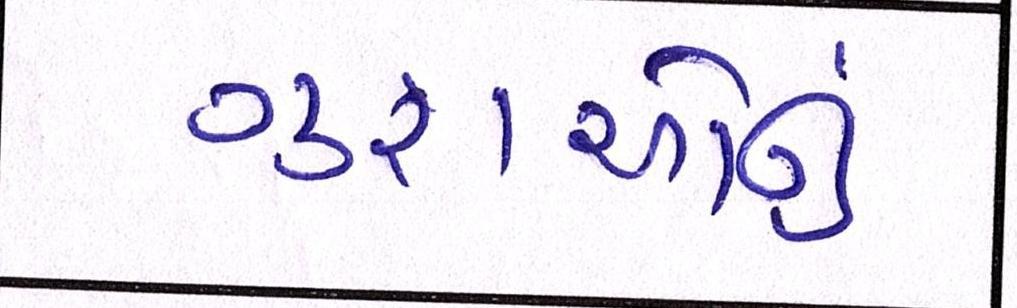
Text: ગુફાઓનું